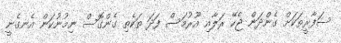
ސަފާރީތަކަށް ގެންދަން ޖެހޭ ރަލާއި އޫރުމަސް ފަދަ ތަކެތި ގެންގޮސް ނިމުނުކަން އެނގެނީ